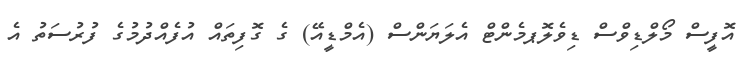
އޮފީސް މޯލްޑިވްސް ޑިވެލޮޕމެންޓް އެލަޔަންސް (އެމްޑީއޭ) ގެ ގޮފިތައް އުފެއްދުމުގެ ފުރުސަތު އެ